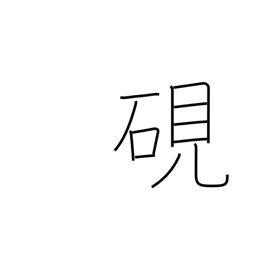
Meaning: inkstone